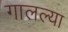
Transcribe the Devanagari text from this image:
गालल्या